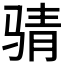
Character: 𮹉